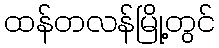
ထန်တလန်မြို့တွင်